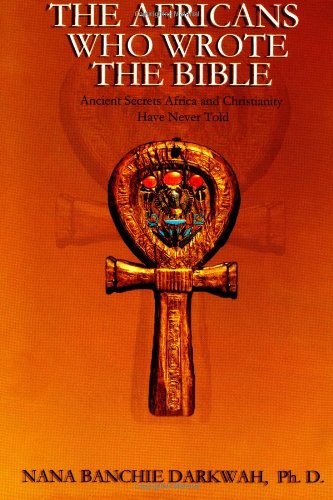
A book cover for The Africans Who Wrote the Bible; Nana Banchie Darkwah; Religion & Spirituality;